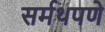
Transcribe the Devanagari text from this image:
सर्मथपणे